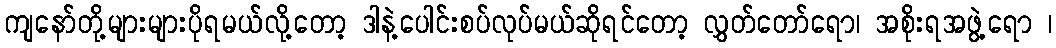
ကျနော်တို့များများပိုရမယ်လို့တော့ ဒါနဲ့ပေါင်းစပ်လုပ်မယ်ဆိုရင်တော့ လွှတ်တော်ရော၊ အစိုးရအဖွဲ့ရော ၊